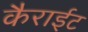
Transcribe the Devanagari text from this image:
कैराईट